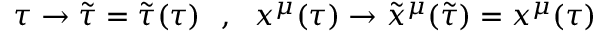
\tau \rightarrow \tilde { \tau } = \tilde { \tau } ( \tau ) \ \ , \ \ x ^ { \mu } ( \tau ) \rightarrow \tilde { x } ^ { \mu } ( \tilde { \tau } ) = x ^ { \mu } ( \tau )